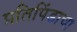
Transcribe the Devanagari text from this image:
प्रतिपिंडाचा